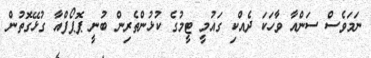
ނަމަވެސް ސަންއާ ވާހަކަ ދެއްކި ގައުމީ ޓީމުގެ ކުޅުންތެރިން ބުނީ ޕޮޕޯފްއާ ގުޅޭގޮތުން